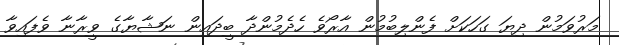
މަރުވަމުން ދިޔަ ގަހަކަށް ފެންލިބުމުން އާރޯވެ ހެދެމުންދާ ބީދައިން ނަޝާޔާގެ ވީރާނާ ވެފައިވާ